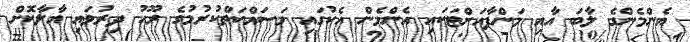
އެންމެންގެ ލާބަ އާއި މަންފާއަށްޓަކައި އެންމެން އެކުގައި މަސައްކަތްކުރުމުގެ ރޫހު ދިރުވައި އާލާކޮށް